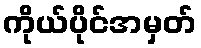
ကိုယ်ပိုင်အမှတ်